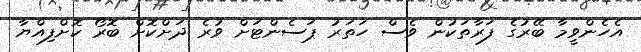
އެހެންވީމާ ބޭރުގެ ފަރާތަކުން ވެސް ހަތަރު ޕަސެންޓަށް ވުރެ ދަށްކޮށް ބޮރޯ ކޮށްފިއްޔާ